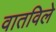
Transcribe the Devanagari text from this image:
वातविले